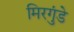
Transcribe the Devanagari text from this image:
मिरगुंडे